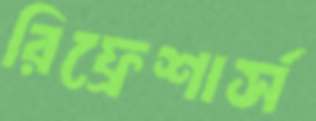
রিফ্রেশার্স